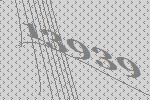
13939